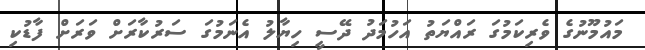
މައުމޫނުގެ ވެރިކަމުގަ ރައްޔަތު އަހުމަދު ދޭސީ ހިޔާލު އެނަމުގަ ސަރުކާރަށް ވަރަށް ފާޑުކި